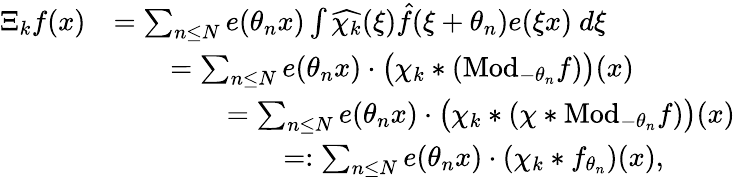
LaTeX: \begin{array}{rl}{\Xi_{k}f(x)}&{=\sum_{n\leq N}e(\theta_{n}x)\int\widehat{\chi_{k}}(\xi)\hat{f}(\xi+\theta_{n})e(\xi x)\ d\xi}\\ &{\qquad=\sum_{n\leq N}e(\theta_{n}x)\cdot\big(\chi_{k}*(\mathrm{Mod}_{-\theta_{n}}f)\big)(x)}\\ &{\qquad\qquad=\sum_{n\leq N}e(\theta_{n}x)\cdot\big(\chi_{k}*(\chi*\mathrm{Mod}_{-\theta_{n}}f)\big)(x)}\\ &{\qquad\qquad\qquad=\mathrel{\mathop:}\sum_{n\leq N}e(\theta_{n}x)\cdot(\chi_{k}*f_{\theta_{n}})(x),}\end{array}